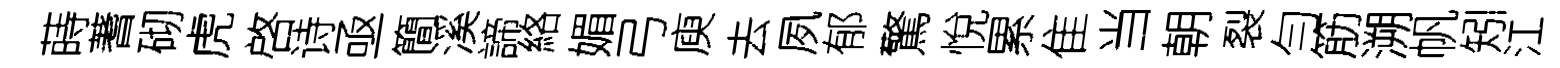
蒔蓍砌虎啓诗亟簡溪諦絡媚弓庾去夙郁驚悅累隹当朝裂勻筋溯帆矧江